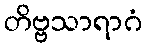
တိဗ္ဗသာရာဂံ